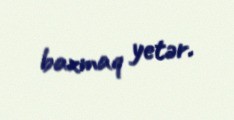
baxmaq yetər.